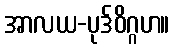
အာလယ-ပုဒ်ဝိဂ္ဂဟ။